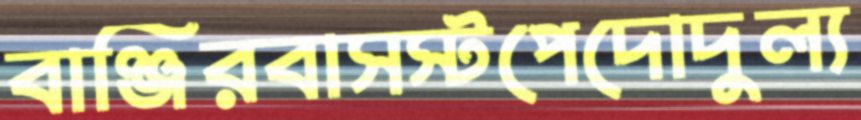
বাঞ্জিরবাসস্টপেদোদুল্য